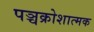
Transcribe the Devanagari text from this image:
पञ्चक्रोशात्मक